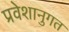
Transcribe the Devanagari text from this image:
प्रवेशानुगत